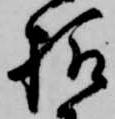
様